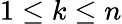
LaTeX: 1\leq k\leq n